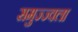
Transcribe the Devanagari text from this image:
समुज्ज्वला